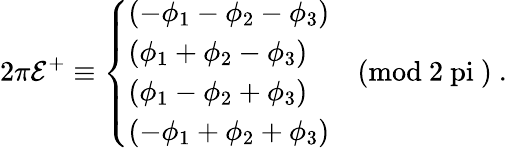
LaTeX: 2\pi\mathcal{E}^{+}\equiv\left\{ \begin{array}{l}{{(-\phi_{1}-\phi_{2}-\phi_{3})}}\\ {{(\phi_{1}+\phi_{2}-\phi_{3})}}\\ {{(\phi_{1}-\phi_{2}+\phi_{3})}}\\ {{(-\phi_{1}+\phi_{2}+\phi_{3})}}\end{array}\quad\mathrm{{(mod~2\ pi~)}}~.\right.